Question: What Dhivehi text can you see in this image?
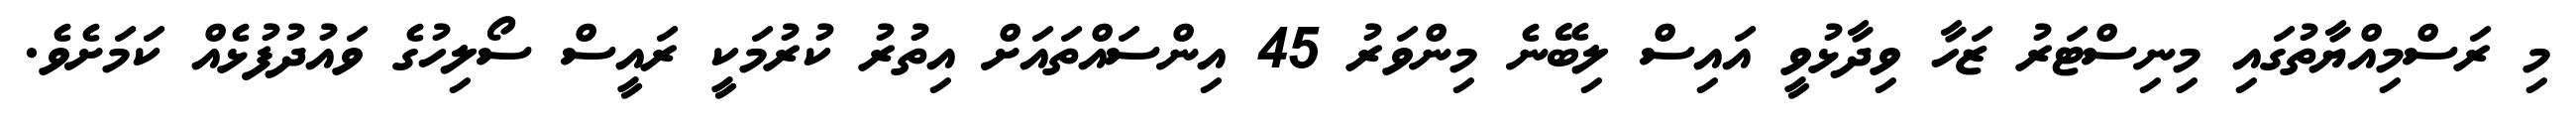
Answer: މި ރަސްމިއްޔާތުގައި މިނިސްޓަރު ޒަހާ ވިދާޅުވީ އައިސް ލިބޭނެ މިންވަރު 45 އިންސައްތައަށް އިތުރު ކުރުމަކީ ރައީސް ސޯލިހުގެ ވައުދުފުޅެއް ކަމަށެވެ.